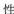
性